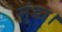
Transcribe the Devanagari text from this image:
मुंडा।